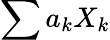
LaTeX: \sum{a_{k}X_{k}}